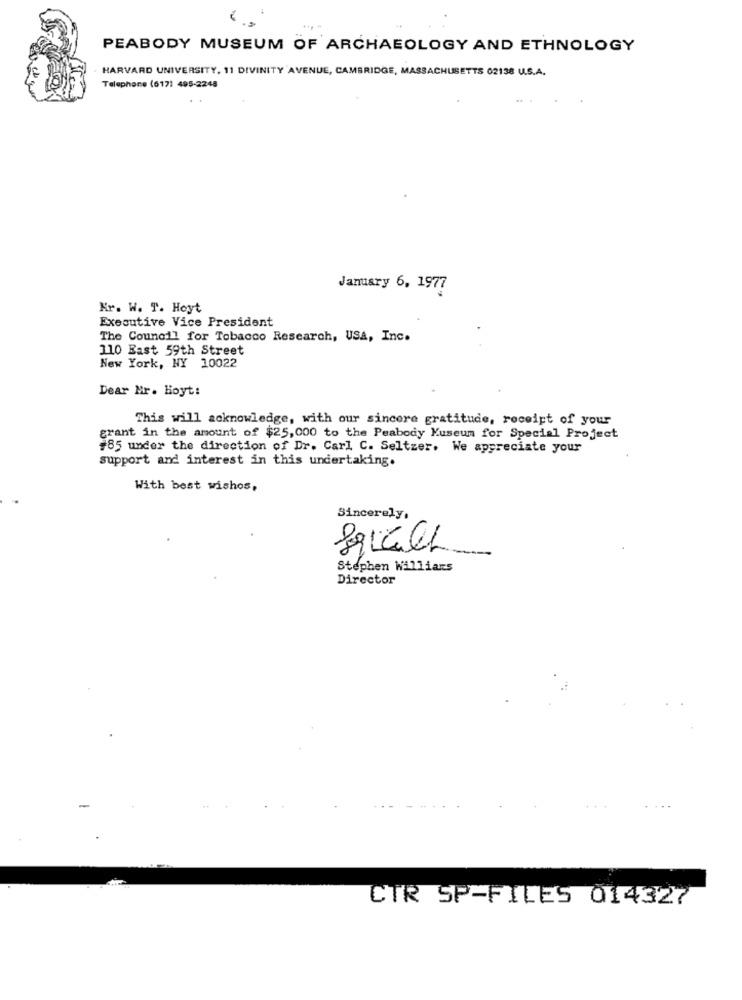
PEABODY MUSEUM OF ARCHAEOLOGY AND ETHNOLOGY
HARVARD UNIVERSITY, 11 DIVINITY AVENUE, CAMBRIDGE, MASSACHUSETTS 02138 U.S.A.
Telephone (6171 495-2248
January 6, 1977
Kr. W. T. Hoyt
Executive Vice President
The Council for Tobacco Research, USA, Inc.
110 East 59th Street
New York, NY 10022
Dear Mr. Hoyt:
This will acknowledge, with our sincere gratitude, receipt of your
grant in the amount of $25,000 to the Peabody Museum for Special Project
#85 under the direction of Dr. Carl C. Seltzer. We appreciate your
support and interest in this undertaking.
With best wishes,
Sincerely,
Stephen Willians
Director
CTR SP-FILES 014327